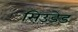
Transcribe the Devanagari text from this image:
सिउडेड